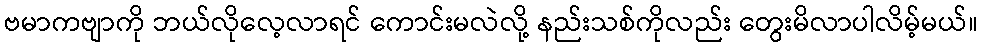
ဗမာကဗျာကို ဘယ်လိုလေ့လာရင် ကောင်းမလဲလို့ နည်းသစ်ကိုလည်း တွေးမိလာပါလိမ့်မယ်။